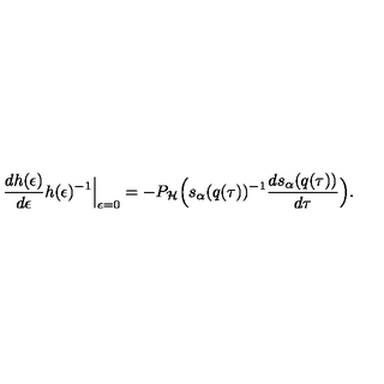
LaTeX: \Bigr . \frac { d h ( \epsilon ) } { d \epsilon } h ( \epsilon ) ^ { - 1 } \Bigr | _ { \epsilon = 0 } = - P _ { \cal H } \Bigl ( s _ { \alpha } ( q ( \tau ) ) ^ { - 1 } \frac { d s _ { \alpha } ( q ( \tau ) ) } { d \tau } \Bigr ) .